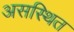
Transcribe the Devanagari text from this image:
असस्थित